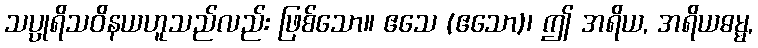
သပ္ပုရိသဝိနယဟူသည်လည်း ဖြစ်သော။ ဧသေ (ဧသော)၊ ဤ အရိယ, အရိယဓမ္မ,